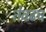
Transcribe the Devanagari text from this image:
तेवढच